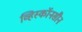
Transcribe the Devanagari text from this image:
व्हिस्कॉनसीन